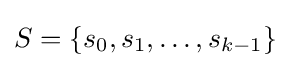
S=\{s_{0},s_{1},\ldots ,s_{k-1}\}